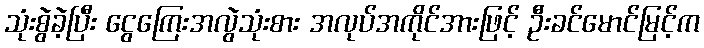
သုံးစွဲခဲ့ပြီး ငွေကြေးအလွဲသုံးစား အလုပ်အကိုင်အားဖြင့် ဦးခင်မောင်မြင့်က